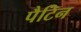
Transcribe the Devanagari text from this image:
पैटिन